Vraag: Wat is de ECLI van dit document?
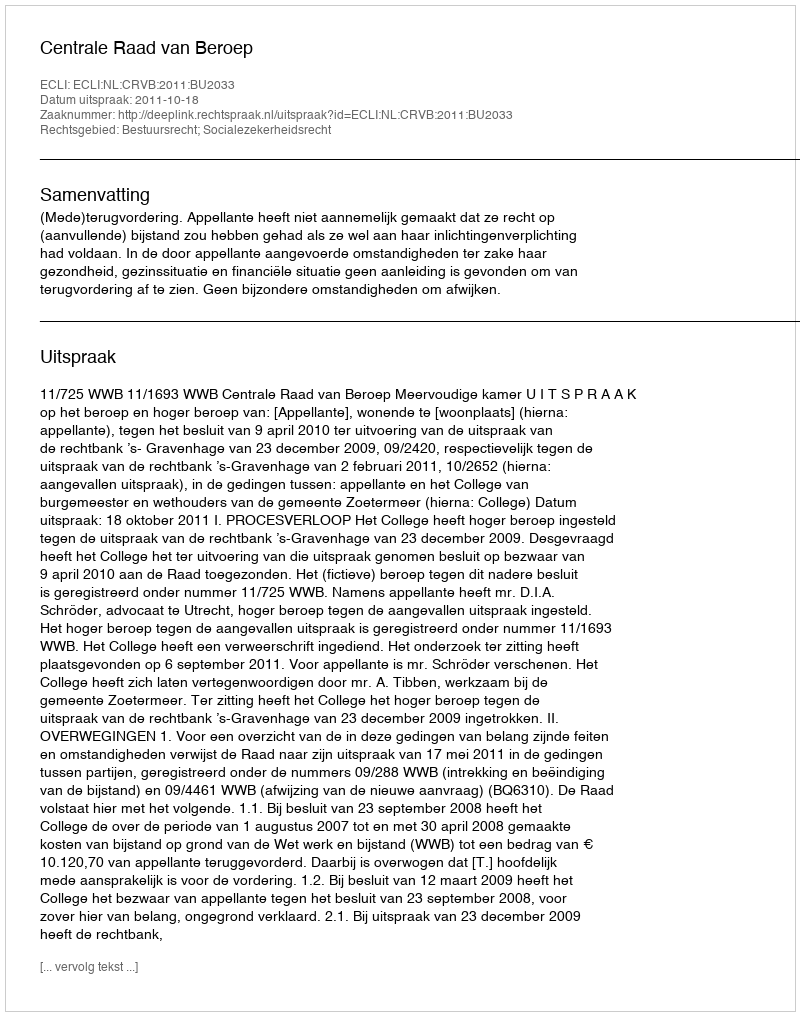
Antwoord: ECLI:NL:CRVB:2011:BU2033